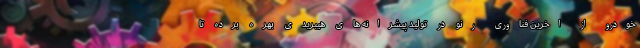
خودرو از اخرین فناوری رنو در تولید پیشرانه های هیبریدی بهره برده تا